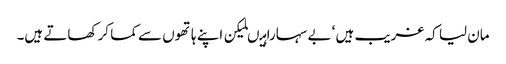
مان لیا کہ غریب ہیں ‘ بے سہارا ہیںلیکن اپنے ہاتھوں سے کما کر کھاتے ہیں۔